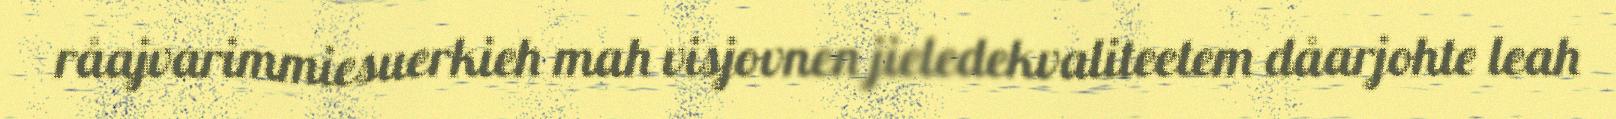
råajvarimmiesuerkieh mah visjovnen jieledekvaliteetem dåarjohte leah